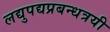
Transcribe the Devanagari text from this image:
लद्युपद्यप्रबन्धत्रयी